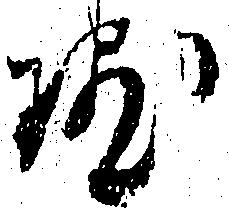
院